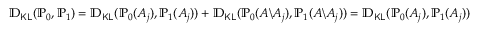
\mathbb { D } _ { \mathsf { K L } } ( \mathbb { P } _ { 0 } , \mathbb { P } _ { 1 } ) = \mathbb { D } _ { \mathsf { K L } } ( \mathbb { P } _ { 0 } ( A _ { j } ) , \mathbb { P } _ { 1 } ( A _ { j } ) ) + \mathbb { D } _ { \mathsf { K L } } ( \mathbb { P } _ { 0 } ( { \boldsymbol A } \backslash A _ { j } ) , \mathbb { P } _ { 1 } ( { \boldsymbol A } \backslash A _ { j } ) ) = \mathbb { D } _ { \mathsf { K L } } ( \mathbb { P } _ { 0 } ( A _ { j } ) , \mathbb { P } _ { 1 } ( A _ { j } ) )